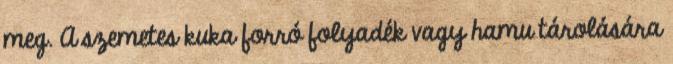
meg. A szemetes kuka forró folyadék vagy hamu tárolására